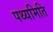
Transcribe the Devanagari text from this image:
पथ्यमिति